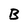
Character: B